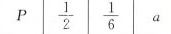
P $$\frac{1}{2}$$ $$\frac{1}{6}$$ | a